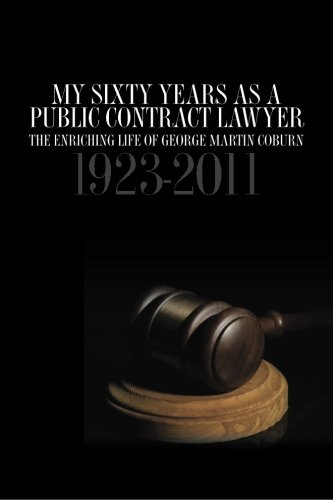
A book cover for My Sixty Years as a Public Contract Lawyer: The Enriching Life of George Martin Coburn: 1923 - 2011; George Martin Coburn; Law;